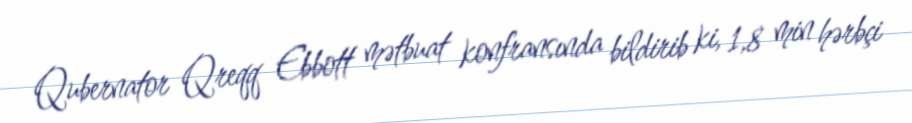
Qubernator Qreqq Ebbott mətbuat konfransında bildirib ki, 1,8 min hərbçi